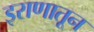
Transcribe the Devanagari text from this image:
इराणातून